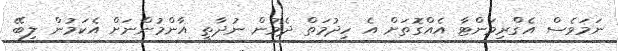
ނަމަވެސް އެގްރިމަންޓާ އެއްގޮތަށް އެ ހިދުމަތް ދެމުން ނުދާތީ އާންމުންނަށް އެކަމުން ލިބޭ